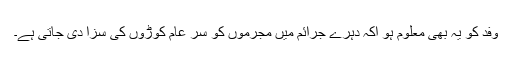
وفد کو یہ بھی معلوم ہو اکہ دہرے جرائم میں مجرموں کو سرِ عام کوڑوں کی سزا دی جاتی ہے۔